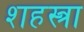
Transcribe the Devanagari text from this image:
शहस्त्रा